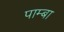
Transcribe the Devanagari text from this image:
पाम्बा